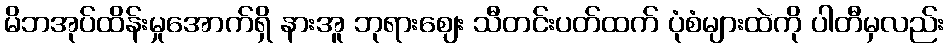
မိဘအုပ်ထိန်းမှုအောက်ရှိ နားအူ ဘုရားဈေး သီတင်းပတ်ထက် ပုံစံများထဲကို ပါတီမှလည်း